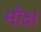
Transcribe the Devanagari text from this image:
मौक्ष